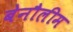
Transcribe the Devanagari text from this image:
बेनौलीम